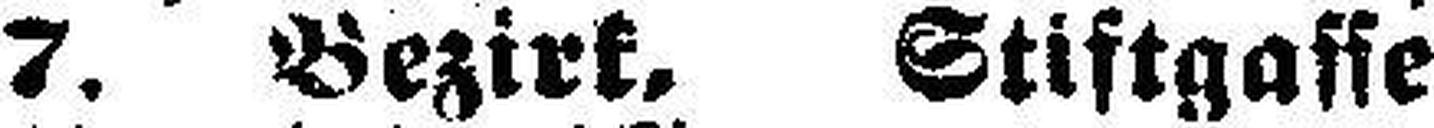
7. Bezirk. Stiftgasse